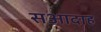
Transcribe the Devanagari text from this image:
सआदाह